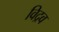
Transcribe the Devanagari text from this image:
विद्रव